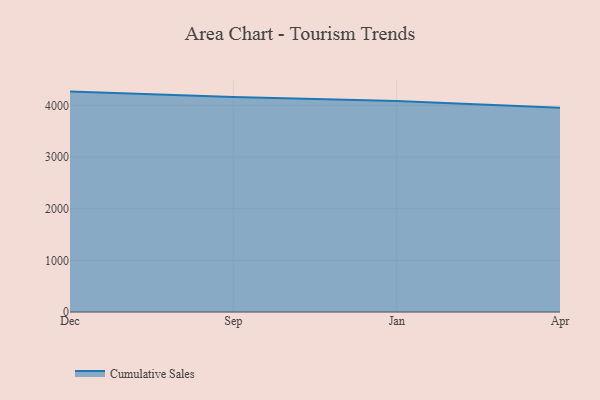
{"axis": {"x": "Month", "y": "Energy Usage (MWh)"}, "legend": ["Cumulative Sales"], "data": [{"x": "Dec", "y": 4268.7, "type": "Cumulative Sales"}, {"x": "Sep", "y": 4164.2, "type": "Cumulative Sales"}, {"x": "Jan", "y": 4087.3, "type": "Cumulative Sales"}, {"x": "Apr", "y": 3956.7, "type": "Cumulative Sales"}]}